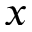
x